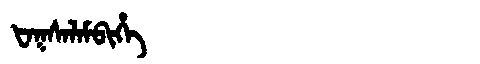
Manchu: ᡶᠠᡴᠰᠠᠯᠠᠮᠪᡳᡥᡝ
Romanization: FAKSALAMBIHE